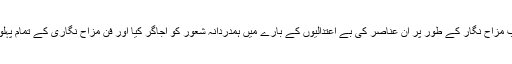
سید ضمیر جعفری نے ایک کامیاب مزاح نگار کے طور پر ان عناصر کی بے اعتدالیوں کے بارے میں ہمدردانہ شعور کو اجاگر کیا اور فن مزاح نگاری کے تمام پہلوؤں کو اپنے اسلوب کی اساس بنایا۔